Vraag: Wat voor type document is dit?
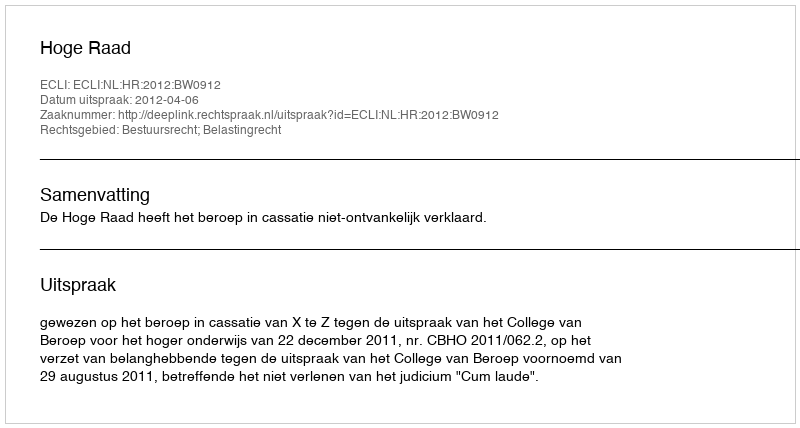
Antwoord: Uitspraak